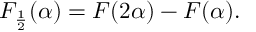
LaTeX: { \cal F } _ { \frac { 1 } { 2 } } ( \alpha ) = { \cal F } ( 2 \alpha ) - { \cal F } ( \alpha ) .